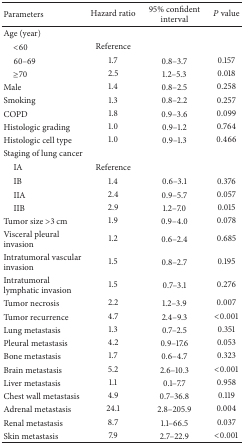
<table><thead><tr><td><b>Parameters</b></td><td><b>Hazard ratio</b></td><td><b>95% confident interval</b></td><td><b><i>P</i> value</b></td></tr></thead><tbody><tr><td>Age (year)</td><td> </td><td> </td><td> </td></tr><tr><td> &lt;60 </td><td>Reference</td><td> </td><td> </td></tr><tr><td> 60–69</td><td>1.7</td><td>0.8–3.7</td><td>0.157</td></tr><tr><td> ≥70</td><td>2.5</td><td>1.2–5.3</td><td>0.018</td></tr><tr><td>Male</td><td>1.4</td><td>0.8–2.5</td><td>0.258</td></tr><tr><td>Smoking</td><td>1.3</td><td>0.8–2.2</td><td>0.257</td></tr><tr><td>COPD</td><td>1.8</td><td>0.9–3.6</td><td>0.099</td></tr><tr><td>Histologic grading</td><td>1.0</td><td>0.9–1.2</td><td>0.764</td></tr><tr><td>Histologic cell type</td><td>1.0</td><td>0.9–1.3</td><td>0.466</td></tr><tr><td>Staging of lung cancer</td><td> </td><td> </td><td> </td></tr><tr><td> IA</td><td>Reference</td><td> </td><td> </td></tr><tr><td> IB</td><td>1.4</td><td>0.6–3.1</td><td>0.376</td></tr><tr><td> IIA</td><td>2.4</td><td>0.9–5.7</td><td>0.057</td></tr><tr><td> IIB</td><td>2.9</td><td>1.2–7.0</td><td>0.015</td></tr><tr><td>Tumor size &gt;3 cm</td><td>1.9</td><td>0.9–4.0</td><td>0.078</td></tr><tr><td>Visceral pleural invasion</td><td>1.2</td><td>0.6–2.4</td><td>0.685</td></tr><tr><td>Intratumoral vascular invasion</td><td>1.5</td><td>0.8–2.7</td><td>0.195</td></tr><tr><td>Intratumoral lymphatic invasion</td><td>1.5</td><td>0.7–3.1</td><td>0.276</td></tr><tr><td>Tumor necrosis</td><td>2.2</td><td>1.2–3.9</td><td>0.007</td></tr><tr><td>Tumor recurrence</td><td>4.7</td><td>2.4–9.3</td><td>&lt;0.001</td></tr><tr><td>Lung metastasis</td><td>1.3</td><td>0.7–2.5</td><td>0.351</td></tr><tr><td>Pleural metastasis</td><td>4.2</td><td>0.9–17.6</td><td>0.053</td></tr><tr><td>Bone metastasis</td><td>1.7</td><td>0.6–4.7</td><td>0.323</td></tr><tr><td>Brain metastasis</td><td>5.2</td><td>2.6–10.3</td><td>&lt;0.001</td></tr><tr><td>Liver metastasis</td><td>1.1</td><td>0.1–7.7</td><td>0.958</td></tr><tr><td>Chest wall metastasis</td><td>4.9</td><td>0.7–36.8</td><td>0.119</td></tr><tr><td>Adrenal metastasis</td><td>24.1</td><td>2.8–205.9</td><td>0.004</td></tr><tr><td>Renal metastasis</td><td>8.7</td><td>1.1–66.5</td><td>0.037</td></tr><tr><td>Skin metastasis</td><td>7.9</td><td>2.7–22.9</td><td>&lt;0.001</td></tr></tbody></table>